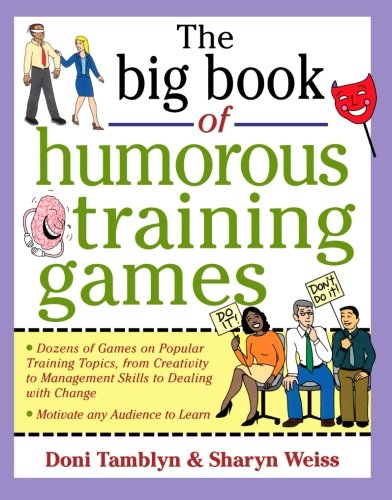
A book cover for The Big Book of Humorous Training Games (Big Book of Business Games Series); Doni Tamblyn; Business & Money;